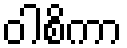
ဝါစိကာ